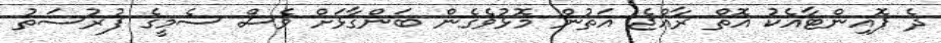
ދެ ޕޮއިންޓާއެކު އޮތް ރާއްޖެ އަތުން މޮޅުވެގެން ބަންގާޅަށް ވެސް ސެމީގެ ފުުރުސަތު